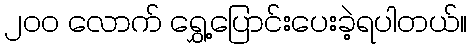
၂၀၀ လောက် ရွှေ့ပြောင်းပေးခဲ့ရပါတယ်။